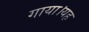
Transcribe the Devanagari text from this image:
गाया।यह